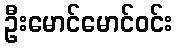
ဦးမောင်မောင်ဝင်း